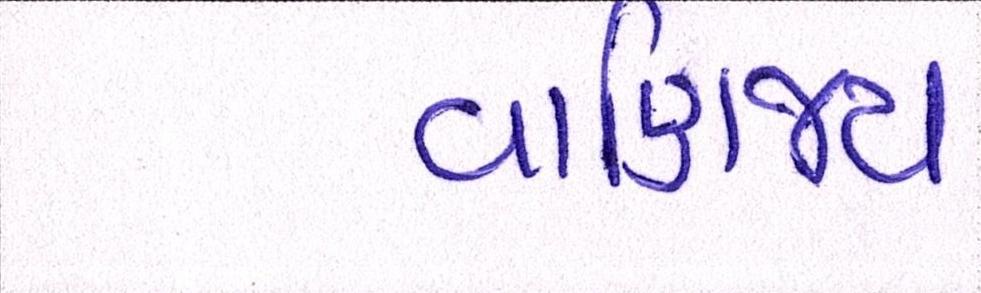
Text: વાણિજ્ય